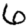
Digit: 6